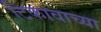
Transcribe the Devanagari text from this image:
टिकावाच्या